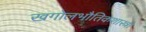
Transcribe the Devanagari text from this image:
खगोलभौतिकशास्त्री